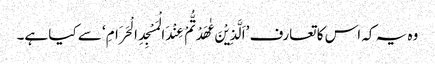
وہ یہ کہ اس کا تعارف ’اَلَّذِیْنَ عٰھَدْتُّمْ عِنْدَ الْمَسْجِدِ الْحَرَامِ‘ سے کیا ہے۔